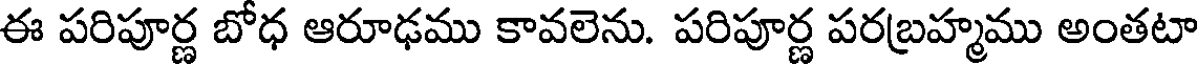
ఈ పరిపూర్ణ బోధ ఆరూఢము కావలెను. పరిపూర్ణ పరబ్రహ్మము అంతటా